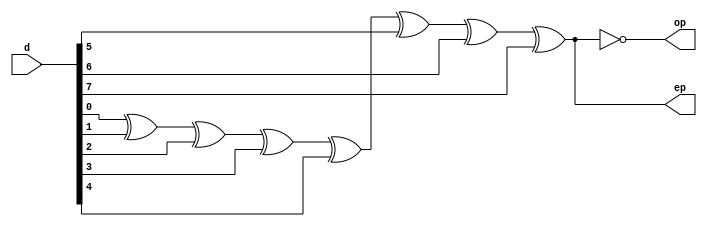
`timescale 1ns / 1ps
module parity_generator(d,ep,op);
input [7:0]d;
output ep,op;
wire [6:1]i;
assign i1 = d[0]^d[1];
assign i2 = i1^d[2];
assign i3 = i2^d[3];
assign i4 = i3^d[4];
assign i5 = i4^d[5];
assign i6 = i5^d[6];
assign ep = i6^d[7];
assign op = ~(ep);
endmodule